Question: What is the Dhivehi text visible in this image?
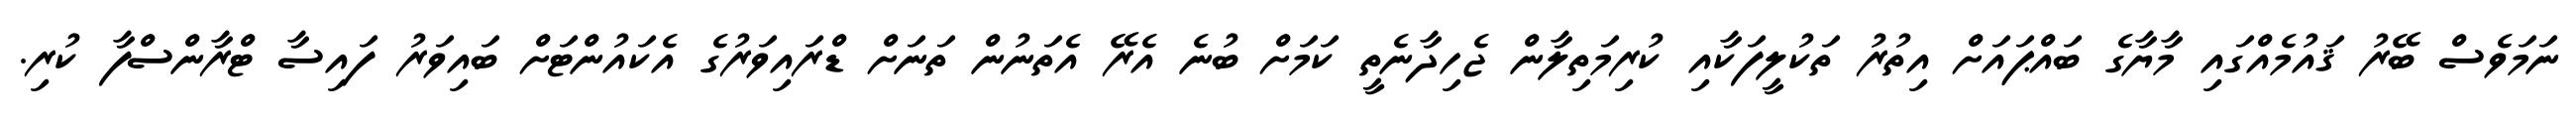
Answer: ނަމަވެސް ބޭރު ޤައުމެއްގައި މާޔާގެ ބައްޕައަށް އިތުރު ތަކުލީފަކާއި ކުރިމަތިލާން ޖެހިދާނެތީ ކަމަށް ބުނެ އެރޭ އެތަނުން ތަނަށް ޑްރައިވަރުގެ އެކައުންޓަށް ބައިވަރު ފައިސާ ޓްރާންސްފާ ކުރި.